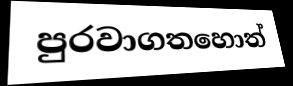
පුරවාගතහොත්